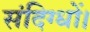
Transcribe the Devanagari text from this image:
संदिग्धों।